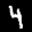
Label: 4